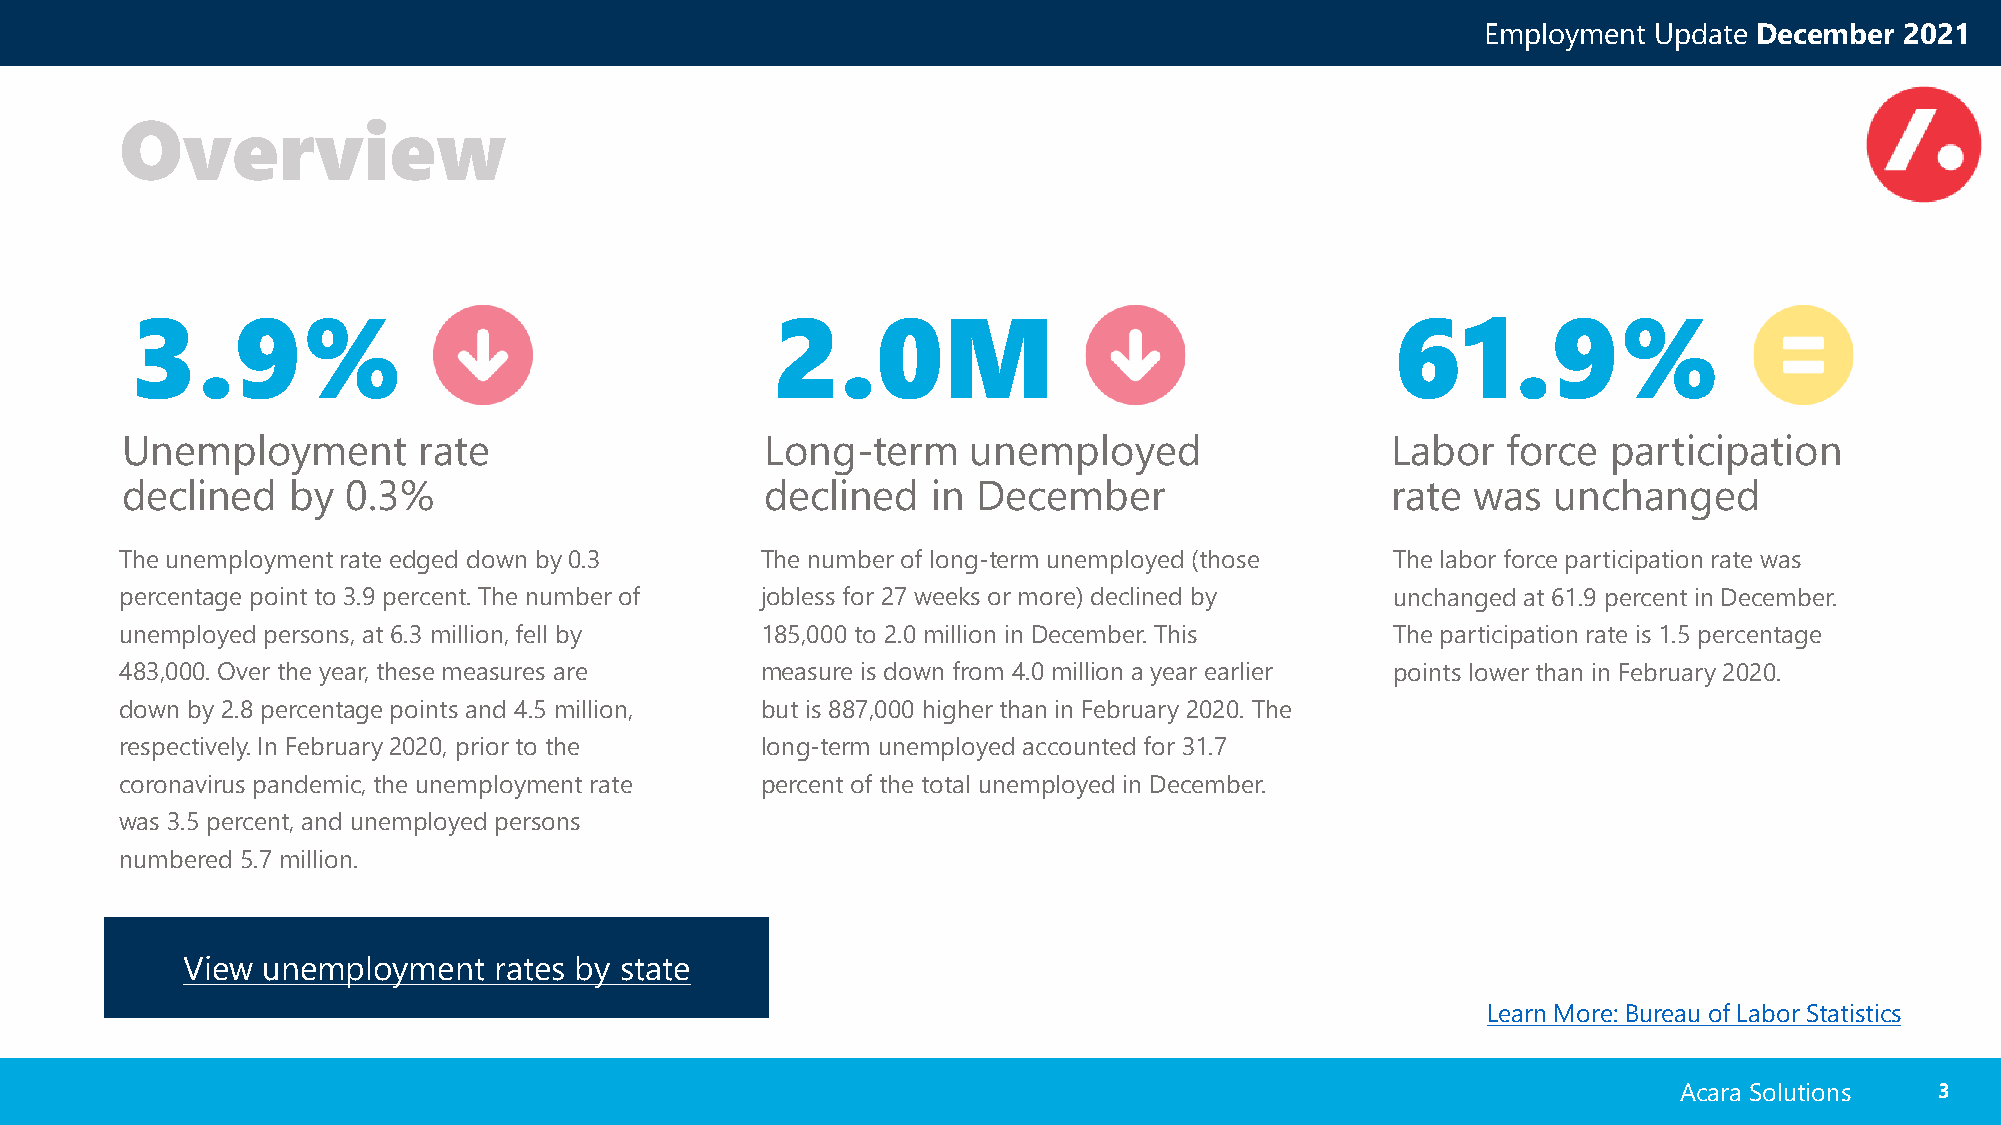
Employment Update December  2021
 Overview
 3.9%                                      2.0M                                     61.9%
 Unemployment        rate                   Long-term    unemployed                  Labor   force  participation
 declined   by  0.3%                        declined   in December                   rate was   unchanged
 The unemployment rate edged down by 0.3   The number of long-term unemployed (those The labor force participation rate was
 percentage point to 3.9 percent. The number of jobless for 27 weeks or more) declined by unchanged at 61.9 percent in December.
 unemployed persons, at 6.3 million, fell by 185,000 to 2.0 million in December. This The participation rate is 1.5 percentage
 483,000. Over the year, these measures are measure is down from 4.0 million a year earlier points lower than in February 2020.
 down by 2.8 percentage points and 4.5 million, but is 887,000 higher than in February 2020. The
 respectively. In February 2020, prior to the long-term unemployed accounted for 31.7
 coronavirus pandemic, the unemployment rate percent of the total unemployed in December.
 was 3.5 percent, and unemployed persons
 numbered 5.7 million.
 View unemployment    rates by state
 Learn More: Bureau of Labor Statistics
 Acara Solutions  33